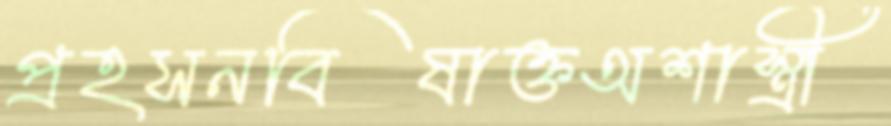
প্রহসনবিষাক্তঅশাস্ত্রী